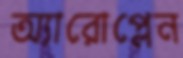
অ্যারোপ্লেন